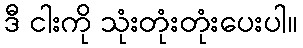
ဒီ ငါးကို သုံးတုံးတုံးပေးပါ။